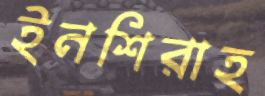
ইনশিরাহ